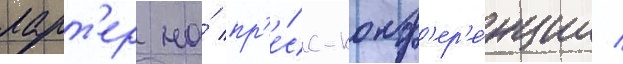
ларт'ер на́ пр'е́сс-конф'ер'е́нции /